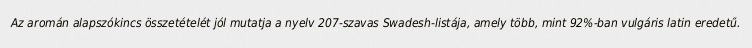
Az aromán alapszókincs összetételét jól mutatja a nyelv 207-szavas Swadesh-listája, amely több, mint 92%-ban vulgáris latin eredetű.